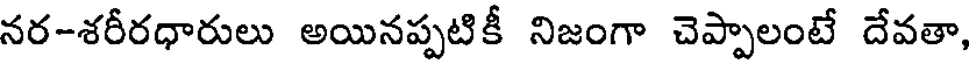
నర-శరీరధారులు అయినప్పటికీ నిజంగా చెప్పాలంటే దేవతా,